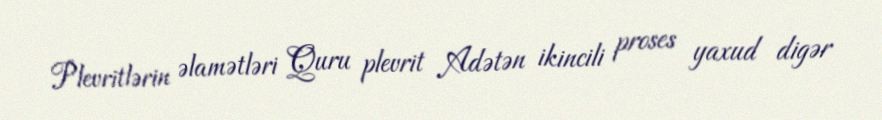
Plevritlərin əlamətləri Quru plevrit Adətən ikincili proses yaxud digər